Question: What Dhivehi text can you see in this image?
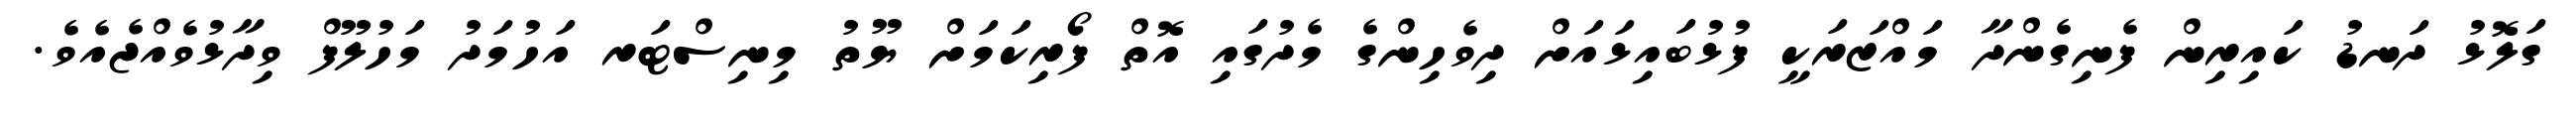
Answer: ގަލޮޅު ދަނޑު ކައިރިން ފެނިގެންދާ މައްޒަރަކީ ފުޅުބައިޅައަށް ދިވެހިންގެ މެދުގައި އޮތް ފޯރިކަމަށް ޔޫތު މިނިސްޓަރ އަހުމަދު މަހުލޫފް ވިދާޅުވެއްޖެއެވެ.